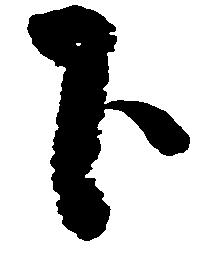
下